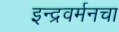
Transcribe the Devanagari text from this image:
इन्द्रवर्मनचा